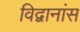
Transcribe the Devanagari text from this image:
विद्वानांस